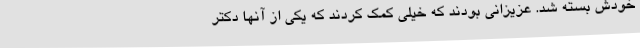
خودش بسته شد. عزیزانی بودند که خیلی کمک کردند که یکی از آنها دکتر